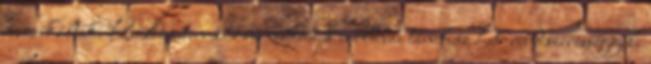
muzsikáltak. Kecskeméten 10 éve működik moldvai táncház heti rendszerességgel.